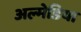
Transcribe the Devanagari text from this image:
अल्मेडिया